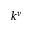
k ^ { \nu }